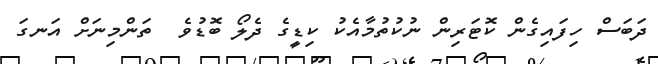
ދަބަސް ހިފައިގެން ކޮޓަރިން ނުކުތުމާއެކު ކިޑީގެ ދެލޯ ބޮޑުވެ  ތަންމިނަށް އަނގަ